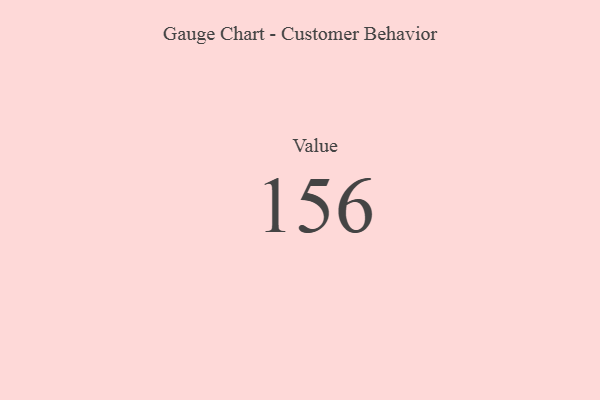
{"axis": {"x": "Metric", "y": "Value"}, "legend": [""], "data": [{"x": "Value", "y": 156, "type": ""}]}